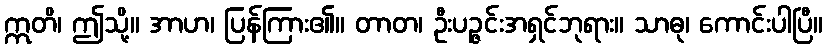
ဣတိ၊ ဤသို့။ အာဟ၊ ပြန်ကြား၏။ တာတ၊ ဦးပဉ္ဇင်းအရှင်ဘုရား။ သာဓု၊ ကောင်းပါပြီ။